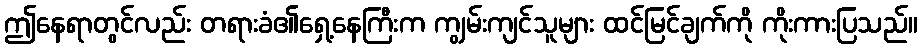
ဤနေရာတွင်လည်း တရားခံ၏ရှေ့နေကြီးက ကျွမ်းကျင်သူများ ထင်မြင်ချက်ကို ကိုးကားပြသည်။